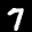
Label: 7